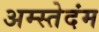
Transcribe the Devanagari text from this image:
अम्स्तेदंम